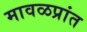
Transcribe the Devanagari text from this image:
मावळप्रांत